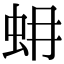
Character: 蚦